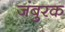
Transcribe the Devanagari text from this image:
जंबुरक